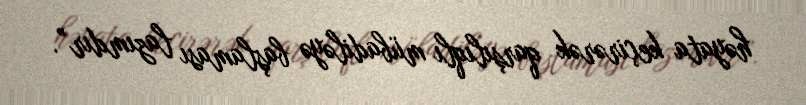
həyata keçirərək qarşılıqlı mübadiləyə başlaması lazımdır”.